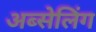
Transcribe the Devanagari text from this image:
अब्सेलिंग